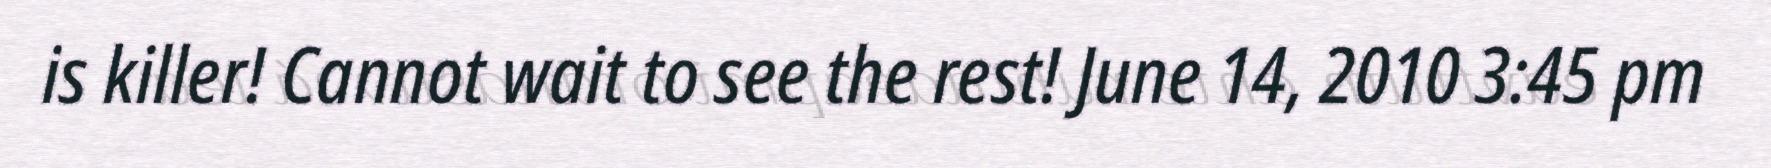
is killer! Cannot wait to see the rest! June 14, 2010 3:45 pm